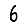
Digit: 6